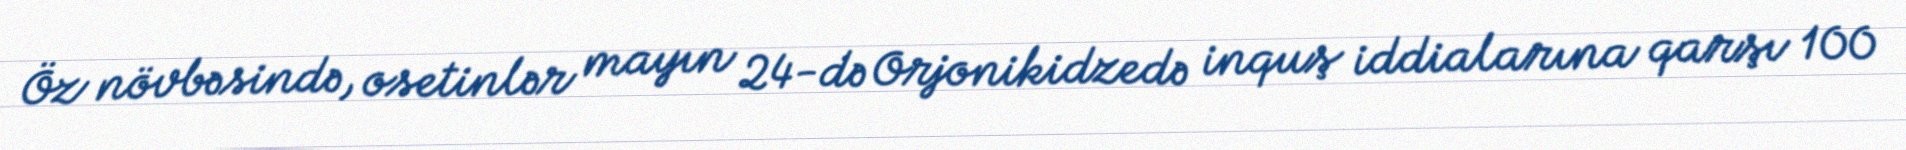
Öz növbəsində, osetinlər mayın 24-də Orjonikidzedə inquş iddialarına qarşı 100